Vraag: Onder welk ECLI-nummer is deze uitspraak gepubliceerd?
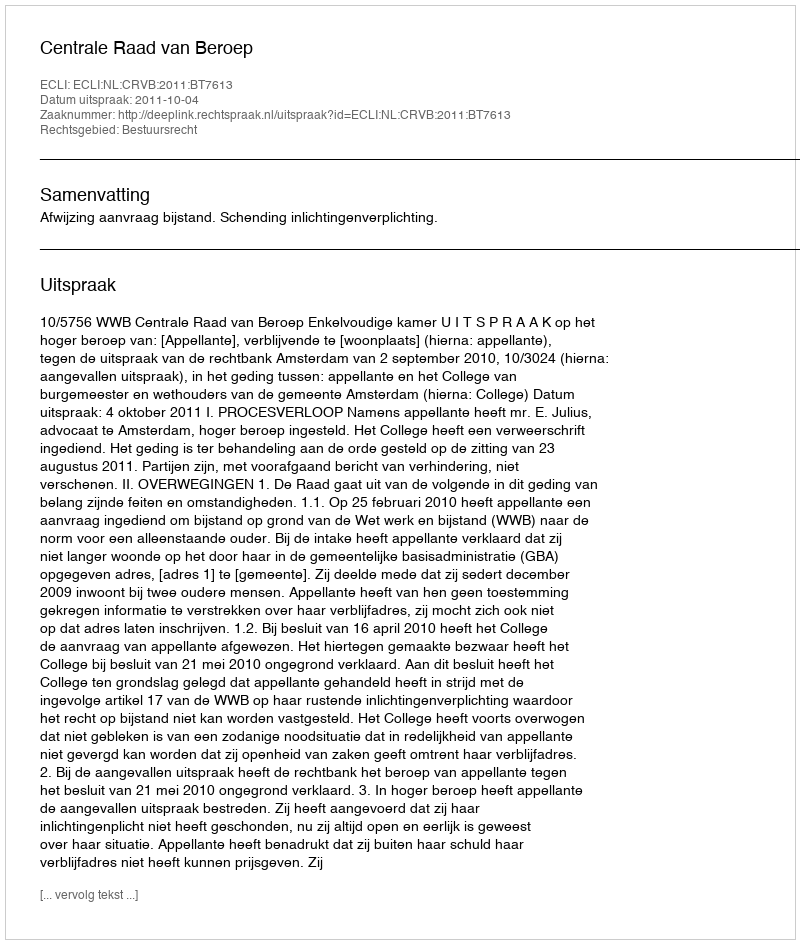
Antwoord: ECLI:NL:CRVB:2011:BT7613